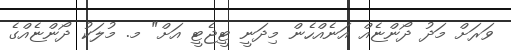
ވަރަށް މަދު ދޯންޏެއް އަނެއްހެން މިދަނީ ޓީޖެޓީ އަށް" މ. މުލަކު ދޯންޏެއްގެ